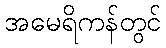
အမေရိကန်တွင်